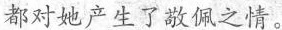
都对她产生了敬佩之情。